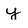
Character: y